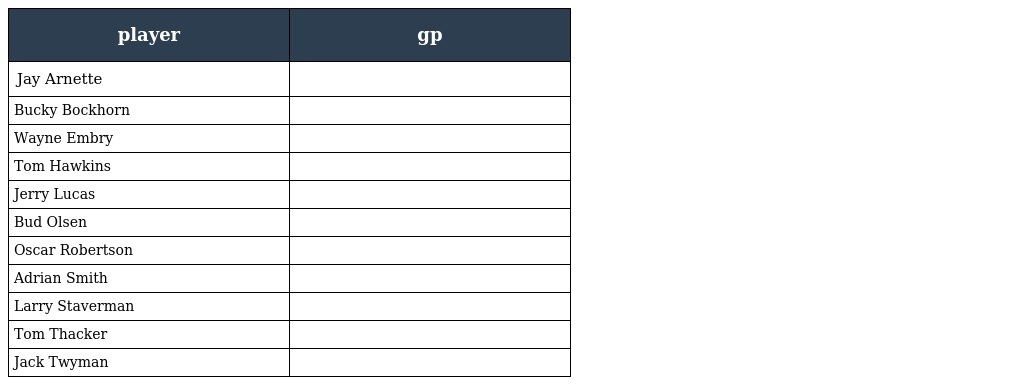
| player | gp |
 | --- | --- |
 | Jay Arnette |  |
 | Bucky Bockhorn |  |
 | Wayne Embry |  |
 | Tom Hawkins |  |
 | Jerry Lucas |  |
 | Bud Olsen |  |
 | Oscar Robertson |  |
 | Adrian Smith |  |
 | Larry Staverman |  |
 | Tom Thacker |  |
 | Jack Twyman |  |